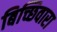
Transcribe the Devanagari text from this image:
बिच्छिवारा